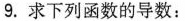
9.求下列函数的导数：